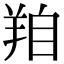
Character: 𦍾